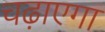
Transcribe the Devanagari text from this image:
चढ़ाएगा